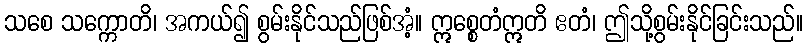
သစေ သက္ကောတိ၊ အကယ်၍ စွမ်းနိုင်သည်ဖြစ်အံ့။ ဣစ္စေတံဣတိ ဧတံ၊ ဤသို့စွမ်းနိုင်ခြင်းသည်။